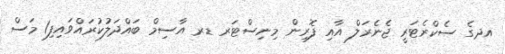
އދގެ ސެކްރެޓަރީ ޖެނެރަލް އާއި ފޮރިން މިނިސްޓަރ ޑރ އާސިމް ބައްދަލުކުރައްވައިފި1 މަސް